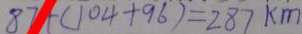
8 7 + ( 1 0 4 + 9 6 ) = 2 8 7 k m